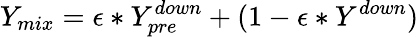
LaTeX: Y_{mix}=\epsilon*Y_{pre}^{down}+(1-\epsilon*Y^{down})